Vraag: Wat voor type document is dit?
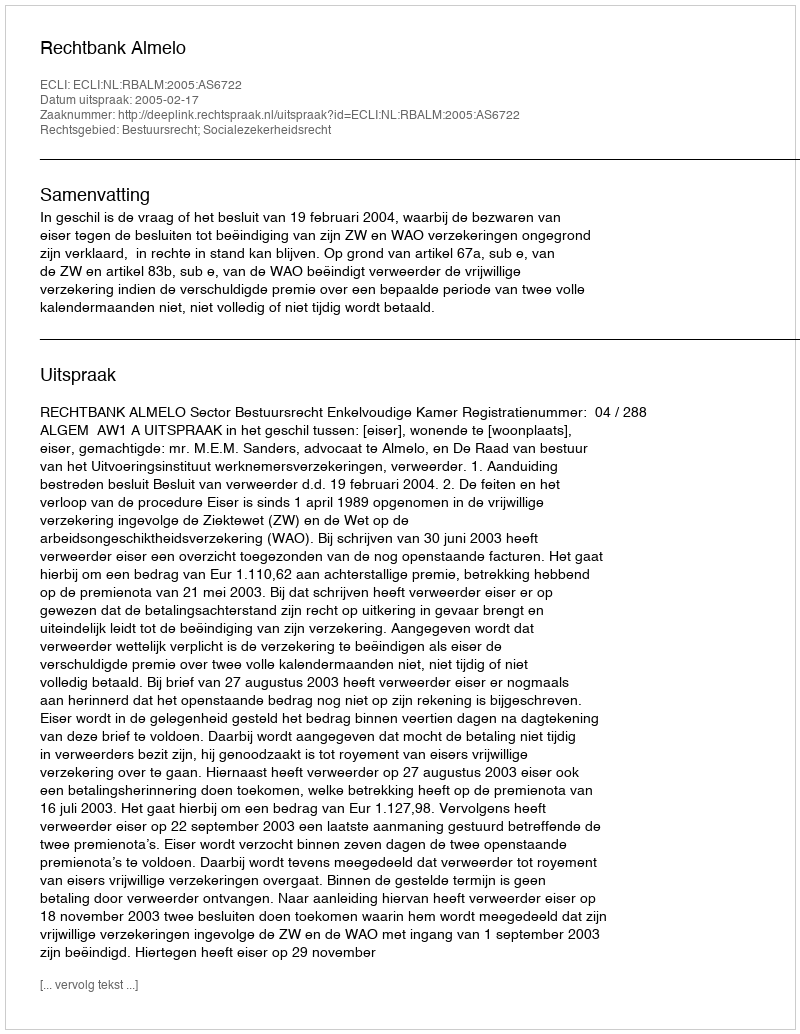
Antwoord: Uitspraak